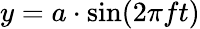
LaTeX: y=a\cdot\sin(2\pi ft)